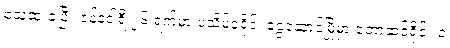
သေဆုံးခဲ့ပြီး ဇန်နဝါရီ ၂၆ ရက်မှာ ပုသိမ်ခရိုင်၊ ငွေဆောင်မြို့မှာ တောဆင်ရိုင်း ၁